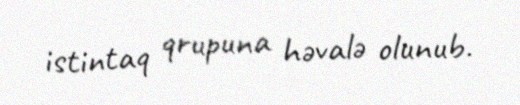
istintaq qrupuna həvalə olunub.